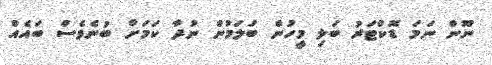
ނޫން ނަމަ ޑޮކްޓަރު ބަލި މީހުން ބަލަމުން ނުދާ ކަމަށް ބުނެވެސް ބައެއް